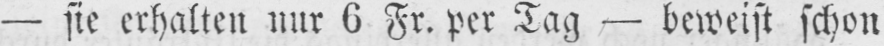
- sie erhalten nur 6 Fr. per Tag - beweist schon